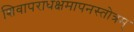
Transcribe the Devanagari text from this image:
शिवापराधक्षमापनस्तोत्रम्